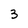
Character: 3